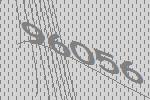
96056